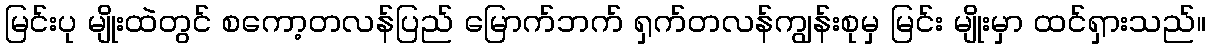
မြင်းပု မျိုးထဲတွင် စကော့တလန်ပြည် မြောက်ဘက် ရှက်တလန်ကျွန်းစုမှ မြင်း မျိုးမှာ ထင်ရှားသည်။